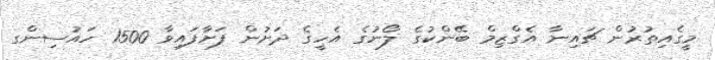
މީގެއިތުރުން ޗައިނާ އެގްޒިމް ބޭންކުގެ ލޯނުގެ އެހީގެ ދަށުން ފަށާފައިވާ 1500 ހައުސިންގ